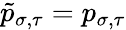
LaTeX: \tilde{p}_{\sigma,\tau}=p_{\sigma,\tau}